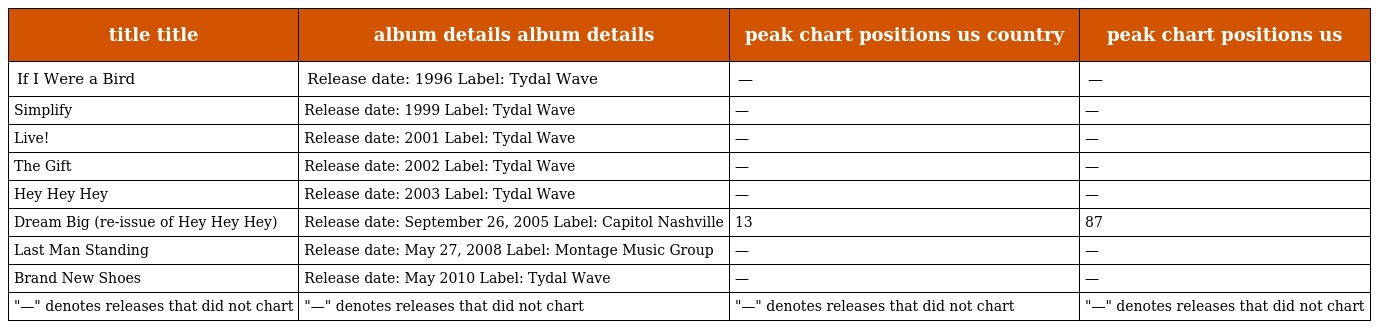
| title title | album details album details | peak chart positions us country | peak chart positions us |
 | --- | --- | --- | --- |
 | If I Were a Bird | Release date: 1996 Label: Tydal Wave | — | — |
 | Simplify | Release date: 1999 Label: Tydal Wave | — | — |
 | Live! | Release date: 2001 Label: Tydal Wave | — | — |
 | The Gift | Release date: 2002 Label: Tydal Wave | — | — |
 | Hey Hey Hey | Release date: 2003 Label: Tydal Wave | — | — |
 | Dream Big (re-issue of Hey Hey Hey) | Release date: September 26, 2005 Label: Capitol Nashville | 13 | 87 |
 | Last Man Standing | Release date: May 27, 2008 Label: Montage Music Group | — | — |
 | Brand New Shoes | Release date: May 2010 Label: Tydal Wave | — | — |
 | "—" denotes releases that did not chart | "—" denotes releases that did not chart | "—" denotes releases that did not chart | "—" denotes releases that did not chart |